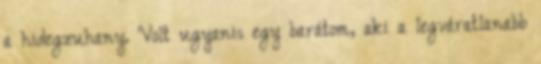
a hidegzuhany. Volt ugyanis egy barátom, aki a legváratlanabb